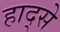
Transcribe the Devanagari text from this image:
हाद्से